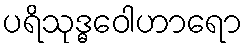
ပရိသုဒ္ဓဝေါဟာရော